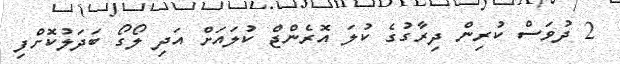
2 ދުވަަސް ކުރިން ދިރާގުގެ ކުލަ އޮރެންޖް ކުލައަށް އަދި ލޯގޯ ބަދަލުކޮށްފި